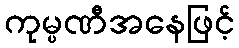
ကုမ္ပဏီအနေဖြင့်